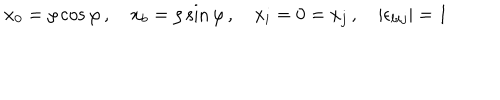
LaTeX: x _ { 0 } = \rho \cos \varphi \, , \quad x _ { b } = \rho \sin \varphi \, , \quad x _ { i } = 0 = x _ { j } \, , \quad \left| \epsilon _ { b i j } \right| = 1